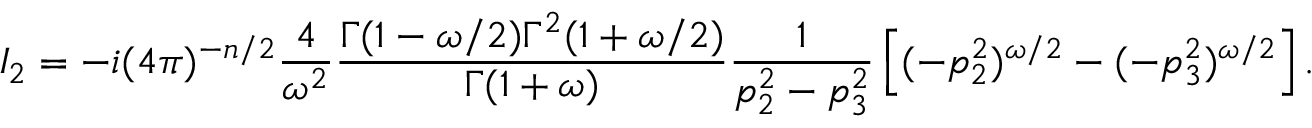
I _ { 2 } = - i ( 4 \pi ) ^ { - n / 2 } { \frac { 4 } { \omega ^ { 2 } } } { \frac { \Gamma ( 1 - \omega / 2 ) \Gamma ^ { 2 } ( 1 + \omega / 2 ) } { \Gamma ( 1 + \omega ) } } { \frac { 1 } { p _ { 2 } ^ { 2 } - p _ { 3 } ^ { 2 } } } \left[ ( - p _ { 2 } ^ { 2 } ) ^ { \omega / 2 } - ( - p _ { 3 } ^ { 2 } ) ^ { \omega / 2 } \right] . \nonumber \,